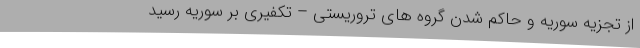
از تجزیه سوریه و حاکم شدن گروه های تروریستی – تکفیری بر سوریه رسید